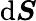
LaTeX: \mathrm{d}\boldsymbol{S}